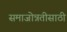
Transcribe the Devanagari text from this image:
समाजोन्नतीसाठी